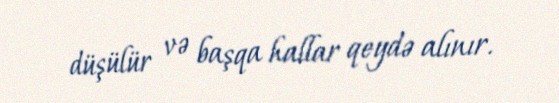
düşülür və başqa hallar qeydə alınır.